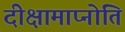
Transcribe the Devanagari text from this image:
दीक्षामाप्नोति